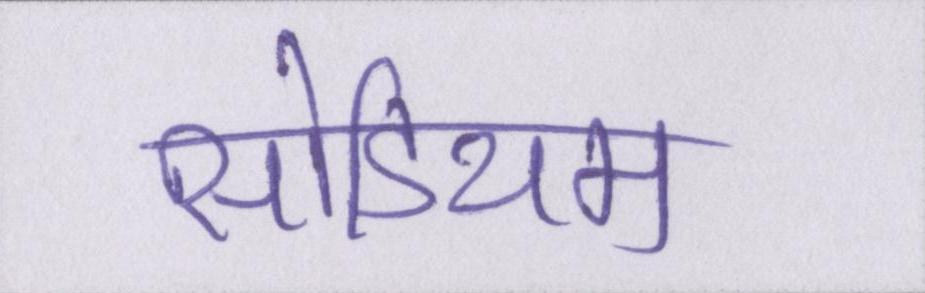
सोडियम